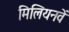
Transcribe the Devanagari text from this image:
मिलियनवें